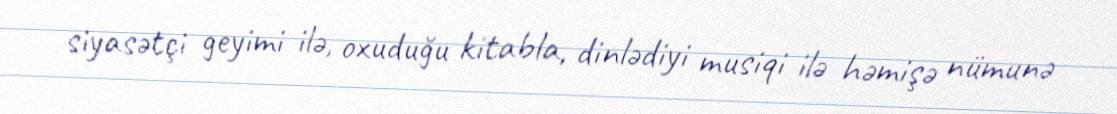
siyasətçi geyimi ilə, oxuduğu kitabla, dinlədiyi musiqi ilə həmişə nümunə